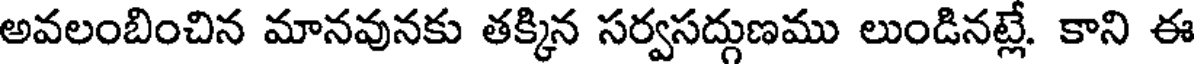
అవలంబించిన మానవునకు తక్కిన సర్వసద్గుణము లుండినట్లే. కాని ఈ